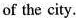
of the city.